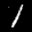
Label: 1